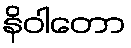
နိဝါတော